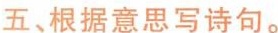
五根据意思写诗句。